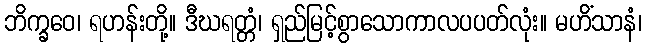
ဘိက္ခဝေ၊ ရဟန်းတို့။ ဒီဃရတ္တံ၊ ရှည်မြင့်စွာသောကာလပပတ်လုံး။ မဟိံသာနံ၊